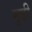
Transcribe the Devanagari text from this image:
मुद्दी